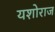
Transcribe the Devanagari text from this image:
यशोराज